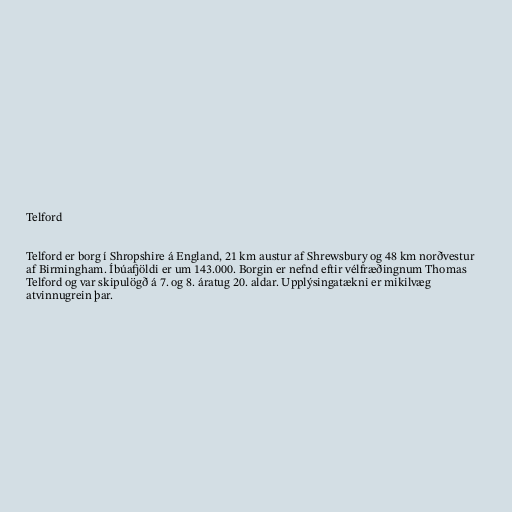
Telford

Telford er borg í Shropshire á England, 21 km austur af Shrewsbury og 48 km norðvestur
af Birmingham. Íbúafjöldi er um 143.000. Borgin er nefnd eftir vélfræðingnum Thomas
Telford og var skipulögð á 7. og 8. áratug 20. aldar. Upplýsingatækni er mikilvæg
atvinnugrein þar.